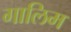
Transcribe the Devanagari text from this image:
गालिम